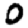
Digit: 0